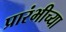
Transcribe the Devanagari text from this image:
प्रारंभीच्‍या